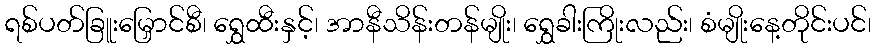
ရစ်ပတ်ခြူးမြှောင်စီ၊ ရွှေထီးနှင့်၊ အာနီသိန်းတန်မျိုး၊ ရွှေခါးကြိုးလည်း၊ စံမျိုးနေ့တိုင်းပင်၊